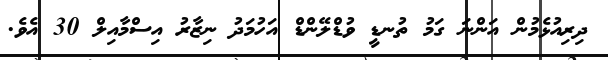
ދިރިއުޅެމުން އަންނަ ގަމު ތުނޑީ ވުޑްލޭންޑް އަހުމަދު ނިޒާރު އިސްމާއިލް 30 އެވެ.